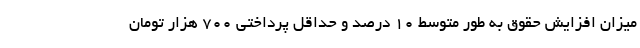
میزان افزایش حقوق به طور متوسط ۱۰ درصد و حداقل پرداختی ۷۰۰ هزار تومان